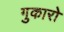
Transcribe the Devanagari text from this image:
गुकारो